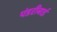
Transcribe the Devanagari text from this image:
पंडरीबाई